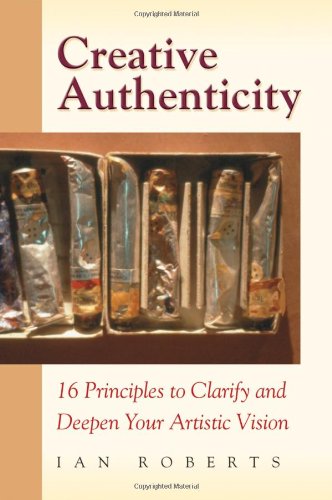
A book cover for Creative Authenticity: 16 Principles to Clarify and Deepen Your Artistic Vision; Ian Roberts; Arts & Photography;